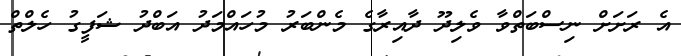
އެ ރަށަށް ނިސްބަތްވާ ވެލިދޫ ދާއިރާގެ މެންބަރު މުހައްމަދު އަބްދު ޝަފީގު ހެލްތް